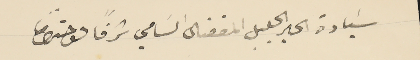
سَيادة الحبر الجليل المفضال السَامي شرفًاً واحترامًا